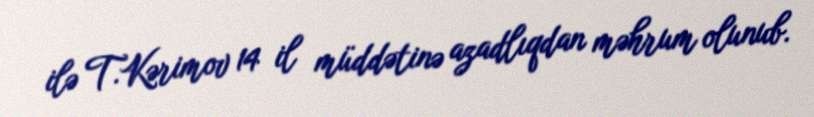
ilə T.Kərimov 14 il müddətinə azadlıqdan məhrum olunub.